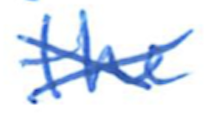
Text: the
Cross-out: cross
Writing tool: ballpoint